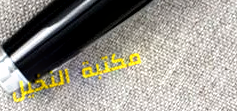
مكتبة النخيل